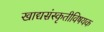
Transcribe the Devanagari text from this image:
खाद्यसंस्कृतीविषयक